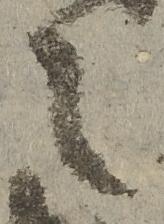
之